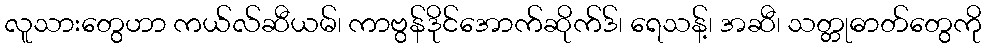
လူသားတွေဟာ ကယ်လ်ဆီယမ်၊ ကာဗွန်ဒိုင်အောက်ဆိုက်ဒ်၊ ရေသန့်၊ အဆီ၊ သတ္တုဓာတ်တွေကို